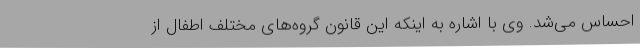
احساس می‌شد. وی با اشاره به اینکه این قانون گروه‌های مختلف اطفال از